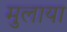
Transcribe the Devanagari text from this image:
मुलाया